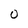
Character: 0